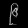
Digit: ၉